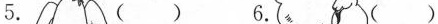
5. ( ) 6. ( )